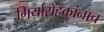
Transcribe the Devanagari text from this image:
गिर्यारोहकांनाच